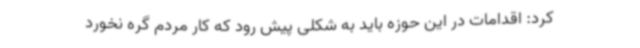
کرد: اقدامات در این حوزه باید به شکلی پیش رود که کار مردم گره نخورد